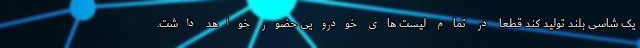
یک شاسی بلند تولید کند قطعا در تمام لیست های خودرویی حضور خواهد داشت.